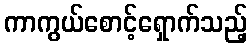
ကာကွယ်စောင့်ရှောက်သည့်